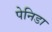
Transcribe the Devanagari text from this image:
पेनिडा